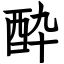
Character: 酔